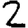
Digit: 2